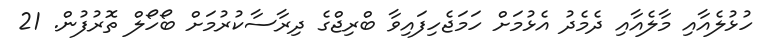
ހުޅުލެއާއި މާލެއާއި ދެމެދު އެޅުމަށް ހަމަޖެހިފައިވާ ބްރިޖްގެ ދިރާސާކުރުމަށް ބޯހޯލް ތޮރުފުން. 21